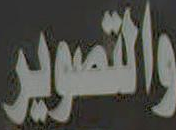
والتصوير